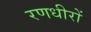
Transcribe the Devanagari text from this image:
रणधीरों